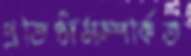
প্রতিষ্ঠাসম্পর্কিত